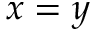
x = y